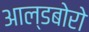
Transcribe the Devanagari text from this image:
आल्डबोरो